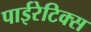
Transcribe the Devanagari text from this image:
पाईरेटिक्स